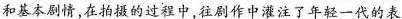
和基本剧情在拍摄的过程中,往剧作中灌注了年轻一代的表